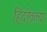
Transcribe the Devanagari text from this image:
हिंदीतल्या